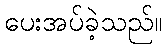
ပေးအပ်ခဲ့သည်။